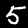
Digit: 5